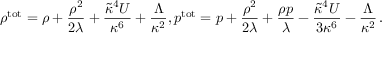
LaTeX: \rho ^ { \mathrm { t o t } } = \rho + { \frac { \rho ^ { 2 } } { 2 \lambda } } + { \frac { \widetilde { \kappa } ^ { 4 } { \cal U } } { \kappa ^ { 6 } } } + { \frac { \Lambda } { \kappa ^ { 2 } } } , p ^ { \mathrm { t o t } } = p + { \frac { \rho ^ { 2 } } { 2 \lambda } } + { \frac { \rho p } { \lambda } } - { \frac { \widetilde { \kappa } ^ { 4 } { \cal U } } { 3 \kappa ^ { 6 } } } - { \frac { \Lambda } { \kappa ^ { 2 } } } \, .